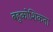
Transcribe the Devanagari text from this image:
बहुकोशिकता